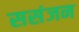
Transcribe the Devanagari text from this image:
ससंजन